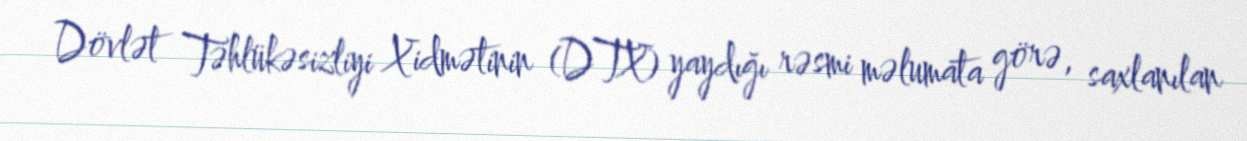
Dövlət Təhlükəsizliyi Xidmətinin (DTX) yaydığı rəsmi məlumata görə, saxlanılan